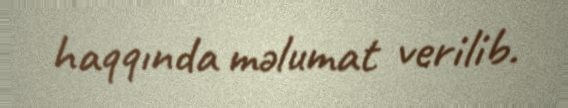
haqqında məlumat verilib.